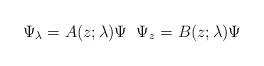
LaTeX: \begin{align*} \Psi_{\lambda}=A(z;\lambda)\Psi \; \; \Psi_{z}=B(z;\lambda)\Psi \end{align*}